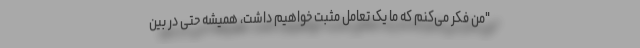
"من فکر می‌کنم که ما یک تعامل مثبت خواهیم داشت، همیشه حتی در بین